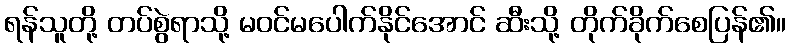
ရန်သူတို့ တပ်စွဲရာသို့ မဝင်မပေါက်နိုင်အောင် ဆီးသို့ တိုက်ခိုက်စေပြန်၏။